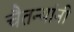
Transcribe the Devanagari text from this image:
चैतन्यांनी